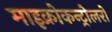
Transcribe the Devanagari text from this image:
माइक्रोकन्ट्रोलरों